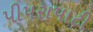
પીપરાપાટી